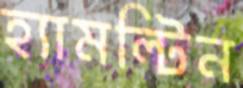
হ্যামল্টিন